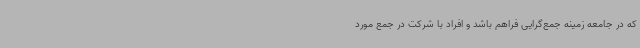
که در جامعه زمینه جمع‌گرایی فراهم باشد و افراد با شرکت در جمع مورد